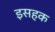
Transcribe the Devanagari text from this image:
इसहक